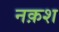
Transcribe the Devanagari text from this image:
नक़श